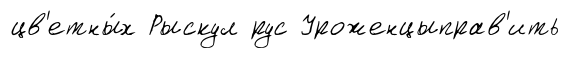
цв'етны́х Рыскул рус Уроженцыправ'ить